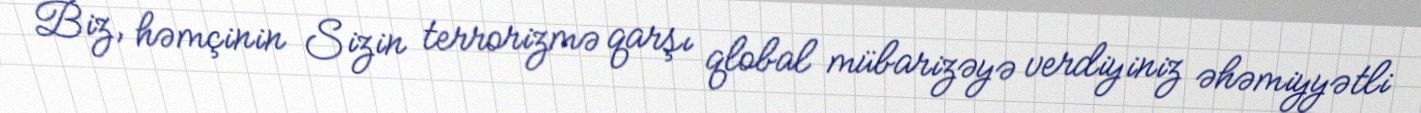
Biz, həmçinin Sizin terrorizmə qarşı qlobal mübarizəyə verdiyiniz əhəmiyyətli